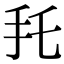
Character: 𢩷